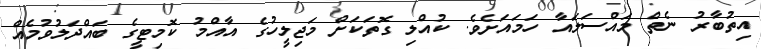
އިތުބާރު ނެތް މައްސަލައާ ހަމައަށެވެ. ކުއްލި ގޮތަކަށް މަޖިލީހުގެ އާއްމު ކޮމިޓީގެ ބައްދަލުވުމެއް